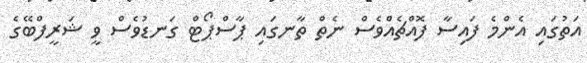
އަތުގައި އެންމެ ފައިސާ ފޮއްޗެއްވެސް ނެތް ތާނގައި ޕާސްޕޯޓް ގަނޑުވެސް ވީ ޝަރީފްބޭގެ